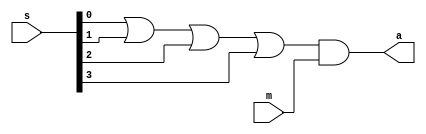
module home_alarm(a,s,m);
input [3:0] s;
input m;
output a;

assign a=(s[0]|s[1]|s[2]|s[3])&m;

endmodule